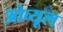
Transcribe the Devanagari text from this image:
ओव्यूल